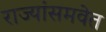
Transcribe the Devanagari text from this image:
राज्यांसमवेत